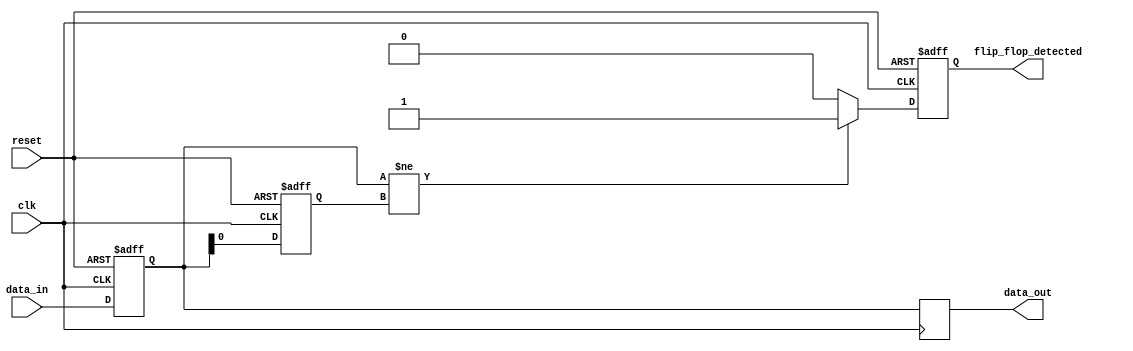
module MemoryBlock (
    input wire clk,
    input wire reset,
    input wire [3:0] data_in, // Example data input
    output reg flip_flop_detected,
    output reg [3:0] data_out // Example data output
);

    // Internal signals
    reg [3:0] data_reg;
    reg last_data;

    always @(posedge clk or posedge reset) begin
        if (reset) begin
            data_reg <= 4'b0000;
            flip_flop_detected <= 1'b0;
            last_data <= 1'b0;
        end else begin
            // Sample the input data
            data_reg <= data_in;

            // Detect flip-flop characteristics
            if (data_reg != last_data) begin
                flip_flop_detected <= 1'b1; // Flip-flop behavior detected
            end else begin
                flip_flop_detected <= 1'b0;
            end

            last_data <= data_reg; // Update last_data for next comparison
        end
    end

    // Pass the data to the next block
    always @(posedge clk) begin
        data_out <= data_reg;
    end

endmodule